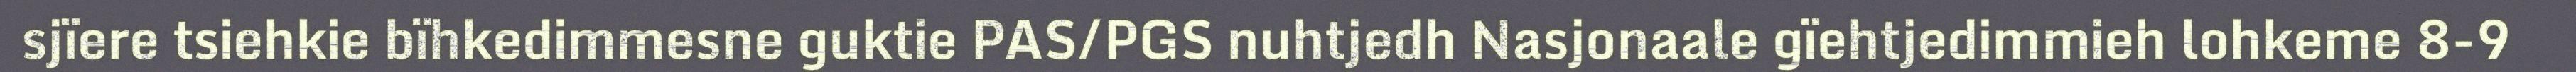
sjïere tsiehkie bïhkedimmesne guktie PAS/PGS nuhtjedh Nasjonaale gïehtjedimmieh lohkeme 8-9